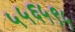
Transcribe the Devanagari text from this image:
५५६५९५